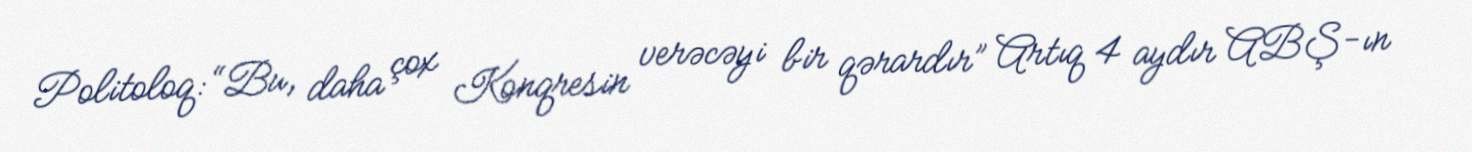
Politoloq: “Bu, daha çox Konqresin verəcəyi bir qərardır” Artıq 4 aydır ABŞ-ın